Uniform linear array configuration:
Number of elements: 16
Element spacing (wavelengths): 0.5
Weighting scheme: binomial
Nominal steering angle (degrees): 0
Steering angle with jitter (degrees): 1.096
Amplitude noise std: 0.05
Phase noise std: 0.05

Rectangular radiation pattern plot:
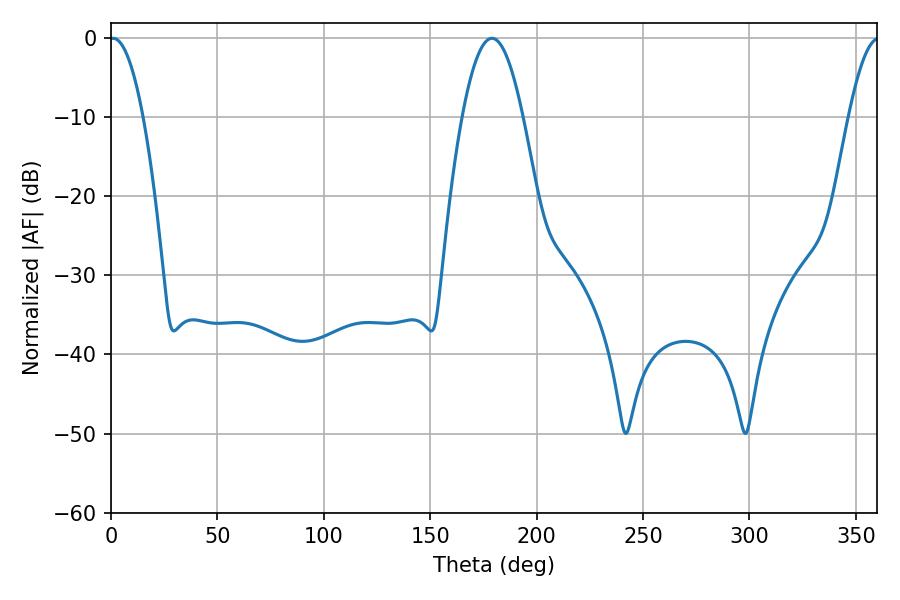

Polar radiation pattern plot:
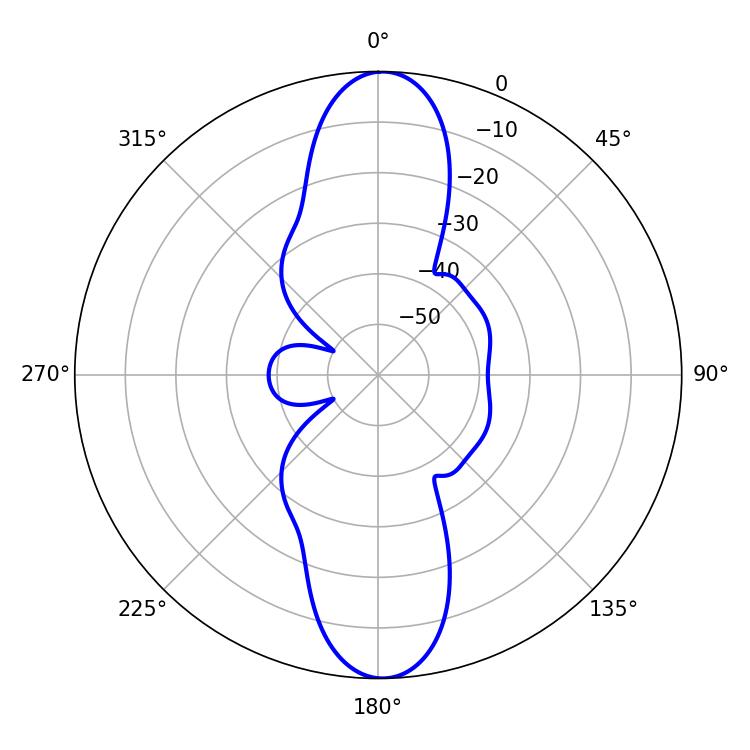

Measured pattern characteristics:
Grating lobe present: FALSE
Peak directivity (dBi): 24.261
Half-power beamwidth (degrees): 8.64
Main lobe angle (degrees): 0.9